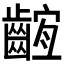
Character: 𪘫